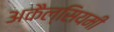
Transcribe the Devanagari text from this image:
अकैल्सियमी